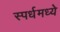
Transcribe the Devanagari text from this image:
स्पर्धमध्ये